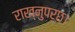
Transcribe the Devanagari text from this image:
राख्नुपर्छ।